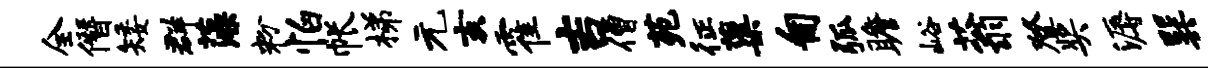
全僭矮群藻粉怕帐梯元亥霍吉僧苑征蕖匍弧瞻峪蓊登奖溽巽